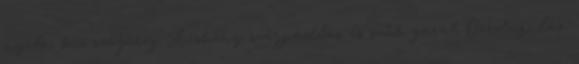
nyelv, kis szájüreg Keskeny szájpadlás és szűk garat Orrdugulás,